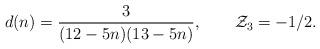
LaTeX: \begin{align*}d(n)={3\over (12-5n)(13-5n)},\qquad {\cal Z}_3=-1/2.\end{align*}